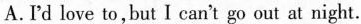
A.Pd love to,but I can't go out at night.